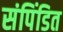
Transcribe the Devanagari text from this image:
संपिंडित